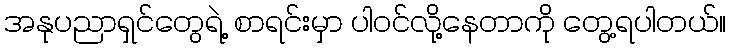
အနုပညာရှင်တွေရဲ့ စာရင်းမှာ ပါဝင်လို့နေတာကို တွေ့ရပါတယ်။